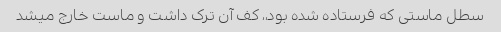
سطل ماستی که فرستاده شده بود،، کف آن ترک داشت و ماست خارج میشد